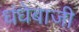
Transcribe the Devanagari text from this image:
धंधेबाजी